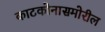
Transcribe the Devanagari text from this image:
काटकोनासमोरील